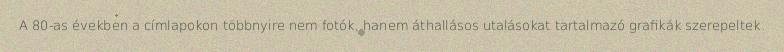
A 80-as években a címlapokon többnyire nem fotók, hanem áthallásos utalásokat tartalmazó grafikák szerepeltek.